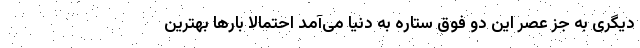
دیگری به جز عصر این دو فوق ستاره به دنیا می‌آمد احتمالاً بارها بهترین